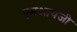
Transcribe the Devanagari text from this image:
एमआयजी